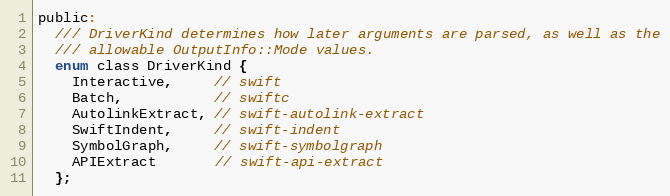
Language: C
public:
  /// DriverKind determines how later arguments are parsed, as well as the
  /// allowable OutputInfo::Mode values.
  enum class DriverKind {
    Interactive,     // swift
    Batch,           // swiftc
    AutolinkExtract, // swift-autolink-extract
    SwiftIndent,     // swift-indent
    SymbolGraph,     // swift-symbolgraph
    APIExtract       // swift-api-extract
  };